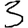
Digit: 3